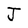
Character: J